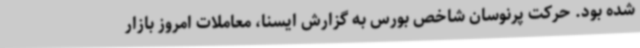
شده بود. حرکت پرنوسان شاخص بورس به گزارش ایسنا، معاملات امروز بازار